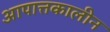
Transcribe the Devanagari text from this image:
आपात्तकालीन